Vital statistics of India. Vol. IV, Annual returns from 1871 to 1876. British Army of India, Native Army and jails of Bengal
Year: 1871
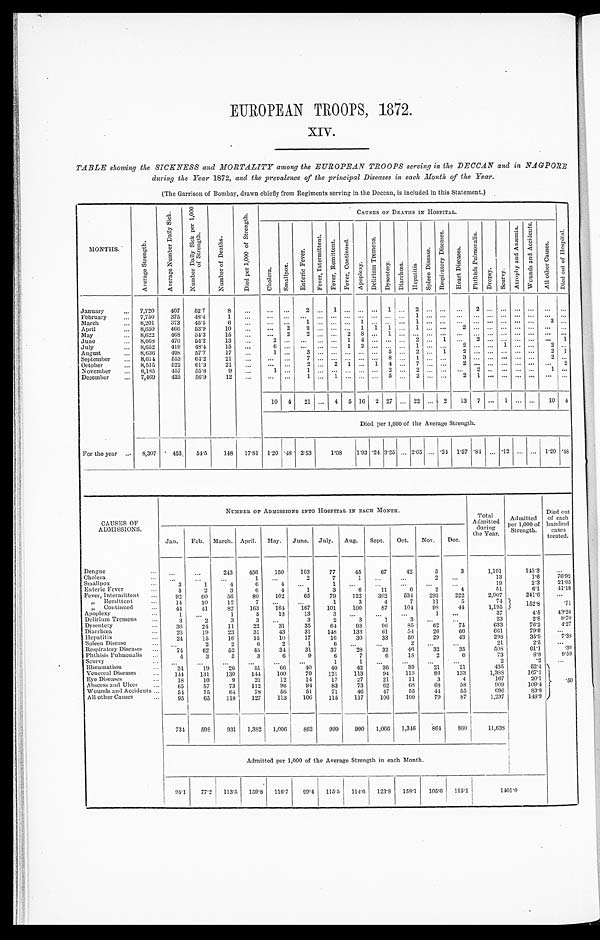
EUROPEAN TROOPS, 1872.
XIV.
•
TABLE showing the SICKNESS and MORTALITY among the EUROPEAN TROOPS serving in the DECCAN and in NAGPORE
during the Year 1872, and the prevalence of the principal Diseases in each Month of the Year.
(The Garrison of Bombay, drawn chiefly from Regiments serving in the Deccan, is included in this Statement.)
MONTHS.
A v e r a g e S t r e n g t h .
A v e r a g e N u m b e r D a i l y S i c k .
N u m b e r D a i l y S i c k p e r 1 , 0 0 0 o f S t r e n g t h .
N u m b e r o f D e a t h s .
D i e d p e r 1 , 0 0 0 o f S t r e n g t h .
CAUSES OP DEATHS IN HOSPITAL.
D i e d o u t o f H o s p i t a l .
C h o l e r a . S m a l l p o x .
E n t e r i c F e v e r .
F e v e r , I n t e r m i t t e n t .
F e v e r , R e m i t t e n t . F e v e r , C o n t i n u e d .
A p o p l e x y .
D e l i r i u m T r e m e n s .
D y s e n t e r y . D i a r r h œ a . H e p a t i t i s .
S p l e e n D i s e a s e .
R e s p i r a t o r y D i s e a s e s .
H e a r t D i s e a s e s .
P h t h i s i s P u l m o n a l i s .
D r o p s y . S c u r v y .
A t r o p h y a n d A n æ m i a .
W o u n d s a n d A c c i d e n t s .
A l l o t h e r C a u s e s .
January
... 7,720
407
52.7
8 ...
... ...
2
. . . 1 ...
. . . . . . 1 . . . 2 . . . . . . . . .
2 . . . . . . . . . . . . ...
. . .
February
... 7,750
375 48.4
1 ...
... ...
...
. . . . . .
...
. . . . . . . . . . . . 1 . . . . . . . . .
. . . . . . . . . . . . . . . ...
. . .
March
... 8,201
373
45.5
6 ...
... ...
1 ... ... ...
1 . . . . . . . . . 1 . . . . . . . . .
. . . . . . . . . . . . . . . 3
. . .
April
... 8,650
466 539
10 ...
... 2
2 . . . . . .
...
1 1 1 . . . 1 . . . . . . 2
. . . . . . . . . . . . . . . ...
. . .
May
... 8,622
468 54.3
15 ...
... 2
2 . . . . . .
2
8 . . . 1 . . . . . . . . . . . . . . .
. . . . . . . . . . . . ... ... ...
June
... 8,668 470
54.2
13 ...
2 ...
. . . . . . . . .
1
4 . . . . . . . . . 2 . . . 1 . . .
2 . . . . . . . . . . . . ...
1
July
... 8,652
419
48.4
1 5 ...
6 ...
. . . . . . . . .
1
2 . . . . . . . . . 1 . . . . . . 2
. . . . . . 1 . . . . . . 2 ...
August
... 8,636
498
57.7
17 ...
1 ...
3 . . . . . .
...
. . . . . . 5 . . . 2 . . . 1 2
. . . . . . ... ... ...
2 1
September ... 8,614 553
6 4 . 2
21 ...
... ...
7 . . . . . .
...
. . . . . . 8 . . . 1 . . . . . . 3
. . . . . . . . . . . . . . .
2 . . .
O c t o b e r . . .
8,515
522
61.3
21 ...
... ...
2 . . . 2 1
. . . 1 4 . . . 7 . . . . . . 2
. . . . . . . . . . . . . . .
. . . 2
November
... 8,185
457
55.8
9 ...
1 ...
1 . . . . . .
...
. . . . . . 2 . . . 2 . . . . . . . . .
2 . . . . . . . . . . . . 1 ...
December
... 7,469
425
56.9
12 ...
... ...
1 . . . 1 ...
. . . . . . 5 . . . 2 . . . . . . 2
1 . . . . . . . . . . . .
. . . . . .
For the year ...
10 4 21 ... 4 5 16 2 27 ... 22 ... 2 13 7 ...
1 . . . ... 10 4
Died per 1,000 of the Average Strength.
8,307
453
5 4 . 5 148 17.81 1.20 .48 2.53
1 . 0 8
1.93 .24 3.25 ... 2.65 ... .24 1.57 .84 ...
. 1 2 ... ... 1.20 .48
CAUSES OF
ADMISSIONS.
NUMBER OF ADMISSIONS INTO HOSPITAL IN EACH MONTH.
Total
Admitted
during
the Year.
Admitted
per 1,000 of
Strength.
Died out
of each
hundred
cases
treated.
Jan. Feb. March. April. May. June. July. Aug. Sept. Oct. Nov. Dec.
D e n g u e . . . ...
...
243
456
150
103
77
45
67
42
5
3
1,191
1 4 3 . 3
...
Cholera ... ••• ...
. . . ...
1
. . .
2
7
1 ...
...
2 ...
13
1.6
76.92
Smallpox ...
3
1
4
6
4
. . .
1 ...
. . .
...
...
...
19
2.3
21.05
Enteric Fever
...
3
2
3
6
4
1
3
6
11
6
2
4
51 I
6.1
41.18
Fever, Intermittent ...
92
60
56
80
102
65
79
122
302
534
293
222
2,007
241.6
. . .
„ Remittent
...
14
10
12
7
. . .
. . .
1
3
4
7
11
5
74
152.8
.71
„ Continued
...
44
41
82
163
164 167
101
100
87
104
98
44
1,195
Apoplexy
..
1
. . .
1
5
13
13
3
. . . ...
...
1 ...
37
4.5
43.24
Delirium Tremens
...
3
2
3
3
. . .
3
2
3
1
3 ...
. . .
23
2.8
8.70
Dysentery
. . .
36
24
11
22
31
35
64
93
96
85
62
74
633
76.2
4.27
Diarrhœa
...
2 6
19
23
31
43
31
148
133
61
54
26
66
661
79.6
. . .
Hepatitis
...
24
15
16
15
10
17
16
30
33
50
29
43
298
35.9
7 . 3 8
Spleen Disease ... ...
2
2
6
2
1
6
. . .
. . .
2
. . . ...
21
2.5
...
Respiratory Diseases ...
74
62
52
45
34
31
37
28
32
46
32
35
508
61.1
. 3 9
Phthisis Pulmonalis ..
4
3
3
3
6
9
6
7
6
18
2
6
73
8.8
9.59
Scurvy
... ...
...
...
...
...
...
1
1
. . . ...
...
...
2
.2
...
Rheumatism
..,
34
19
26
51
66
40
40
42
36
39
21
21
435
52.4
Venereal Diseases
...
144
131
130
1 4 4 100
79
121
113
94
113
86
133
1,388
167.1
Eye Diseases
...
18
10
9
21
12
14
17
27
21
11
3
4
167
20.1 .50
Abscess and Ulcer
. . .
65
57
73
112
96
94
83
73
62
61
68
58
909
109.4
Wounds and Accidents ...
54
75
64
78
56
51
71
46
47
55
44
55
696
83.8
All other Causes
. . .
95
05
111
127
113
106
115
117
106
109
79
87
1,237
148.9
734 598 931 1,382 1,006
862
999
990 1,060 1,346
864
860
11,638
Admitted per 1,000 of the Average Strength in each Month.
95.1 772 113.5
1 5 9 . 8 116.7
99.4 115.5 114.6 123.8 158 . 1
1 0 5 . 6
115.1
1 4 0 1 . 0